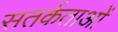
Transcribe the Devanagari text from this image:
सतर्कताओं